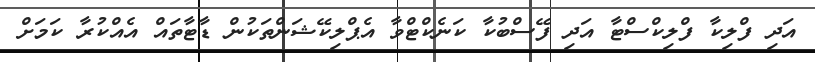
އަދި ފްލިކާ ފްލިކްސްޓާ އަދި ފޭސްބުކާ ކަނެކްޓްވާ އެޕްލިކޭޝަންތަކުން ޑާޓާތައް އެއްކުރާ ކަމަށް